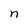
Character: n